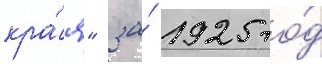
кра́я" за́ 1925 го́д